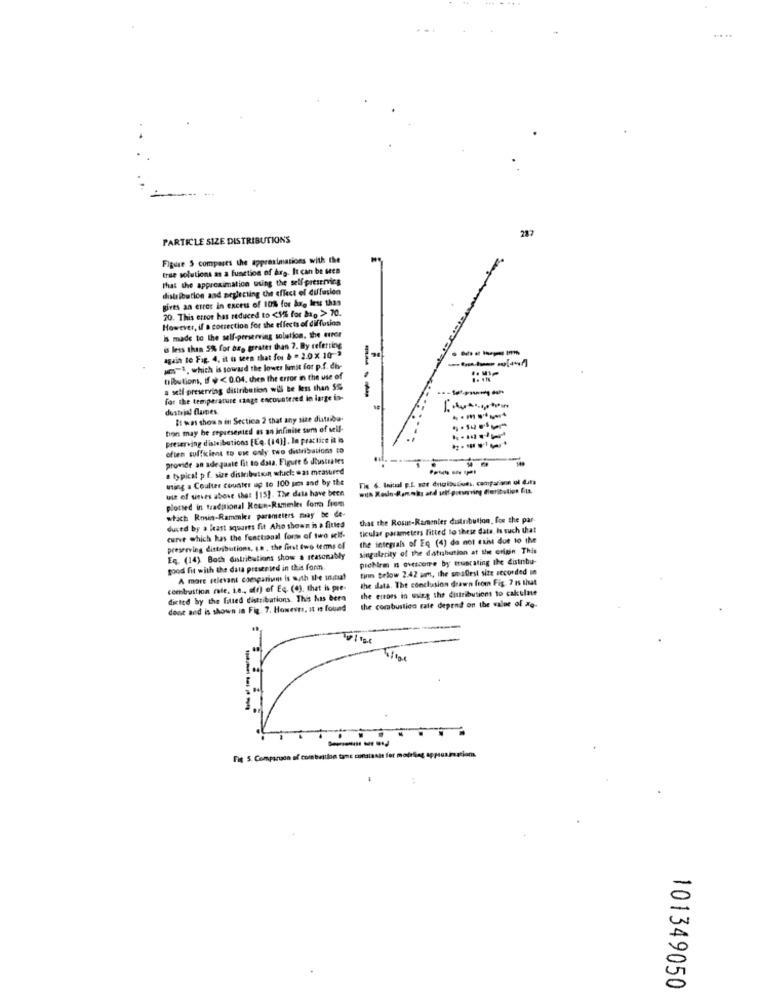
... ..
287
PARTICLE SIZE DISTRIBUTIONS
Figure 5 compases the approximations with the
true solutions as a function of burg. It can be seen
That the approximation wing the self-preserving
distribution and neglecting the effect of diffusion
gives an error in excess of 10% for &xg less than
70. This error has reduced to <1% for bap > 70.
However, if a correction for the effects of diffusion
Is made to the self-preserving solution, the error
is less than 5% for be, greater than ?. By referring
-----
again to Fig. 4. it is seen that for & - 2.0x 10-3
w-1, which is toward the lower limit for p.f. dh-
tilbutions, If < 0.04. then the error in the use of
a self preserving distribution will be less than 5%
for the temperature range encountered in large in-
---
dustrial flames
It was shown in Sectica 2 that any size distribo-
------
bon may be represented as an infinite sum of sell-
preserving distributions [Eq. [14]] . la practice it is
often sufficient to use only two distribations co
provide an adequate fit to data, Figure & diustrales
a typical pf. size distribution wtuck: was measured
---
ming a Coulter counter up to 100 um and by the
uit of utses above that [15]. The data have been
with Rosin-Renoir and self porserving fieribulion fila.
plotted in traditional Roce-Rumeles for from
which Rmsin-Rammkes parameters may be de-
that the Rose-Rammler distribution, for the par
duced by a least squares fit Aho shown is a fitted
ticular parameters fitted fo these data, Is such that
curve which has the functional forms of two self-
the integrals of Eq (4) do not exist due 10 the
preserving distributions, un, the first two terms of
singularity of the datubution at the cripin This
Eq. (14) Both Ontributions show a reasonably
prebirm n ovescorre by truncating the distribu-
good fit with the data presented in this forn.
tinn below 2.42 am, the smallest site recorded in
A more relevant comparivam is with the intut
the data. The conclusion drawn from Fig. 7 Is that
combustion cie. i.e ., ofr) of Ec. (4), that is pre-
the errors in wurg the distributions to cakulate
dicied by the fitted distributions. This has bern
the combustion rate depend on the value of xo-
done and is shown in Fig. 7. However, it i found
------
Fit 5. Comparison of combustion tane consianis for modning appsummation
101349050